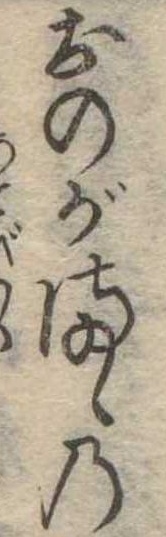
おのがまゝの